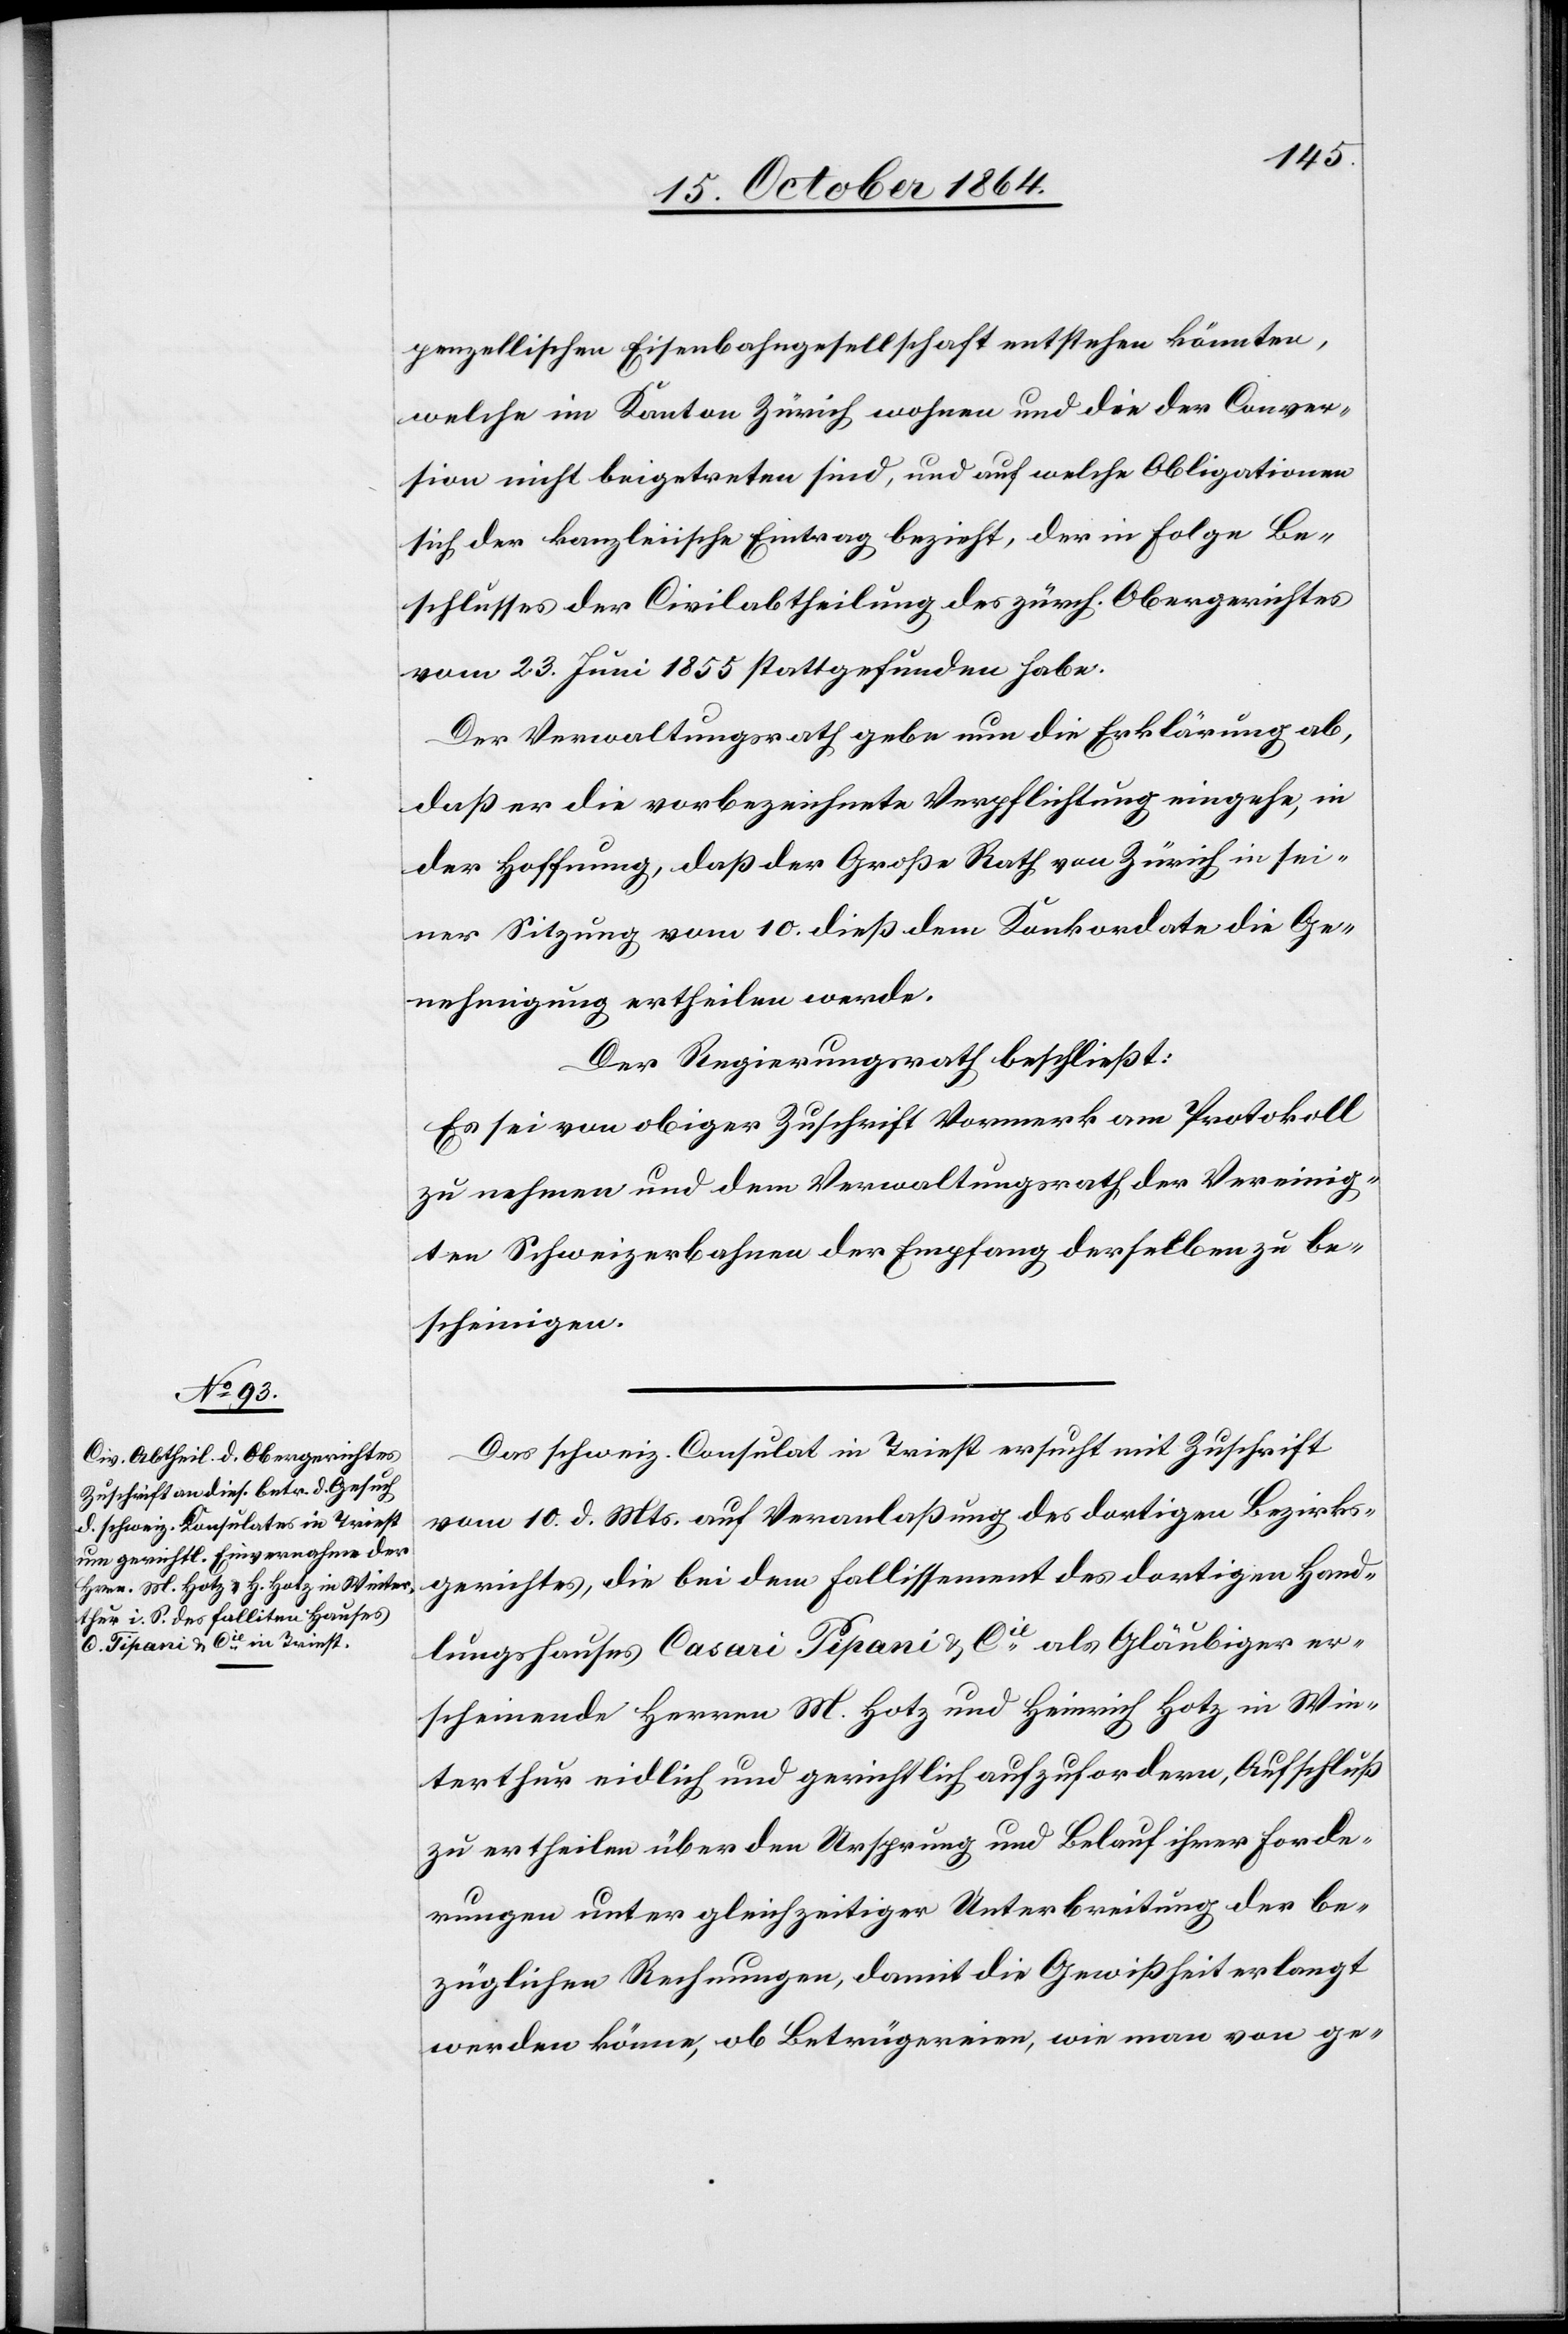
penzellischen Eisenbahngesellschaft entstehen könnten,
welche im Kanton Zürich wohnen und die der Conver¬
sion nicht beigetreten sind, und auf welche Obligationen
sich der kanzleiische Eintrag bezieht, der in Folge Be¬
schlusses der Civilabtheilung des zürch. Obergerichtes
vom 23. Juni 1855 stattgefunden habe.
Der Verwaltungsrath gebe nun die Erklärung ab,
daß er die vorbezeichnete Verpflichtung eingehe, in
der Hoffnung, daß der Große Rath von Zürich in sei¬
ner Sitzung vom 10. dieß dem Konkordate die Ge¬
nehmigung ertheilen werde.
Der Regierungsrath beschließt:
Es sei von obiger Zuschrift Vormerk am Protokoll
zu nehmen und dem Verwaltungsrath der Vereinig¬
ten Schweizerbahnen der Empfang derselben zu be¬
scheinigen.
Das schweiz. Consulat in Triest ersucht mit Zuschrift
vom 10. d. Mts. auf Veranlaßung des dortigen Bezirks¬
gerichtes, die bei dem Fallissement des dortigen Hande¬
lshauses Casari Tipani & Cie als Gläubiger er¬
scheinende Herren M. Hotz und Heinrich Hotz in Win¬
terthur eidlich und gerichtlich aufzufordern, Aufschluß
zu ertheilen über den Ursprung und Belauf ihrer Forde¬
rungen unter gleichzeitiger Unterbreitung der be¬
züglichen Rechnungen, damit die Gewißheit erlangt
werden könne, ob Betrügereien, wie man von ge-